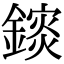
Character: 𨬄